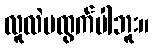
လူလဲမထွက်ပါဘူး။